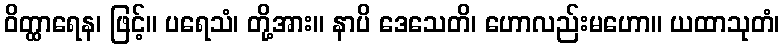
ဝိတ္ထာရေန၊ ဖြင့်။ ပရေသံ၊ တို့အား။ နာပိ ဒေသေတိ၊ ဟောလည်းမဟော။ ယထာသုတံ၊